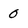
Character: 0